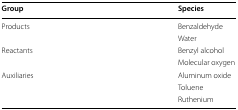
<table><thead><tr><td><b>Group</b></td><td><b>Species</b></td></tr></thead><tbody><tr><td rowspan="2">Products</td><td>Benzaldehyde</td></tr><tr><td>Water</td></tr><tr><td rowspan="2">Reactants</td><td>Benzyl alcohol</td></tr><tr><td>Molecular oxygen</td></tr><tr><td rowspan="3">Auxiliaries</td><td>Aluminum oxide</td></tr><tr><td>Toluene</td></tr><tr><td>Ruthenium</td></tr></tbody></table>